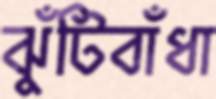
ঝুঁটিবাঁধা